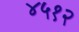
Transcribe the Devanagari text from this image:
४५१२